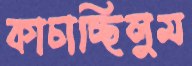
কাচাচ্ছিলুম